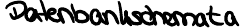
Datenbankschemata